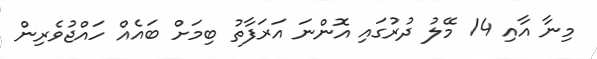
މިނާ އާއި 14 މޭލު ދުރުގައި އޮންނަ އަރަފާތު ބިމަށް ބައެއް ހައްޖުވެރިން